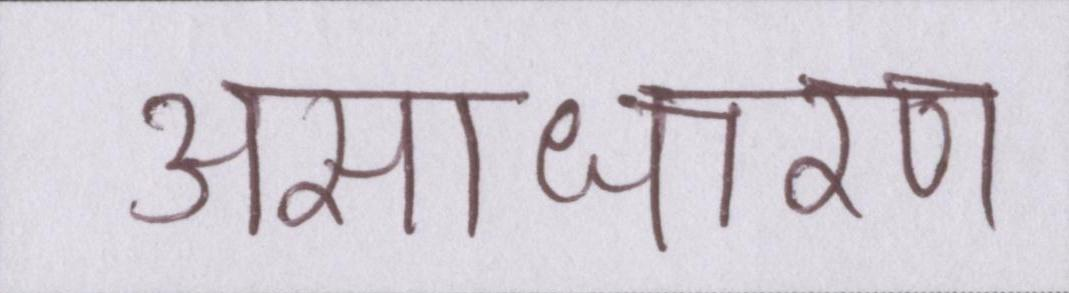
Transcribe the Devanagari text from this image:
असाधारण